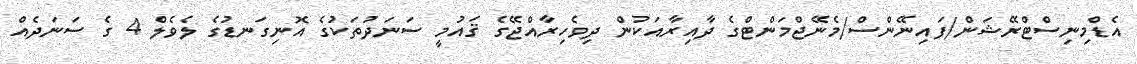
އެޑްމިނިސްޓްރޭޝަން/ފައިނޭންސް/މެނޭޖްމަންޓްގެ ދާއިރާއަކުން ދިވެހިރާއްޖޭގެ ޤައުމީ ސަނަދުތަކުގެ އޮނިގަނޑުގެ ލެވެލް 4 ގެ ސަނަދެއް